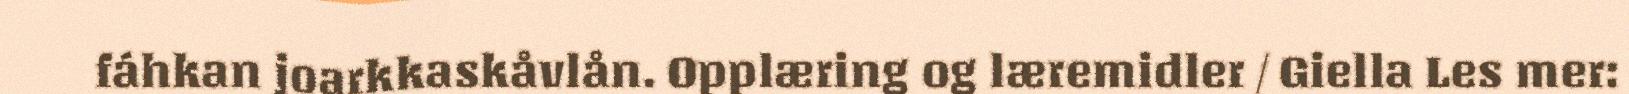
fáhkan joarkkaskåvlån. Opplæring og læremidler / Giella Les mer: